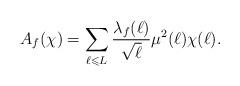
LaTeX: \begin{align*}A_f(\chi)=\sum_{\ell\leqslant L}\frac{\lambda_f(\ell)}{\sqrt{\ell}}\mu^2(\ell)\chi(\ell).\end{align*}